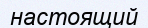
настоящий